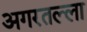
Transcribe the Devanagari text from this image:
अगरतल्ला